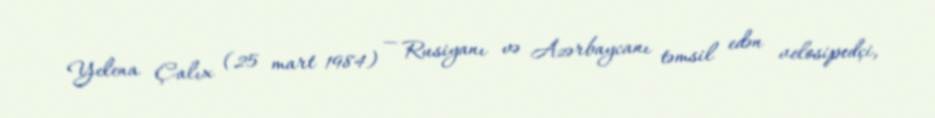
Yelena Çalıx (25 mart 1984) — Rusiyanı və Azərbaycanı təmsil edən velosipedçi,